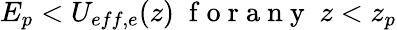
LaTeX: E_{p}<U_{eff,e}(z)\; \mathrm{~f~o~r~a~n~y~}\; z<z_{p}